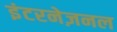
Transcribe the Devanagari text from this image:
इंटरनेज़नल